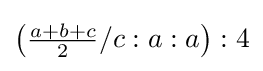
\left({\tfrac {a+b+c}{2}}/c:a:a\right):4